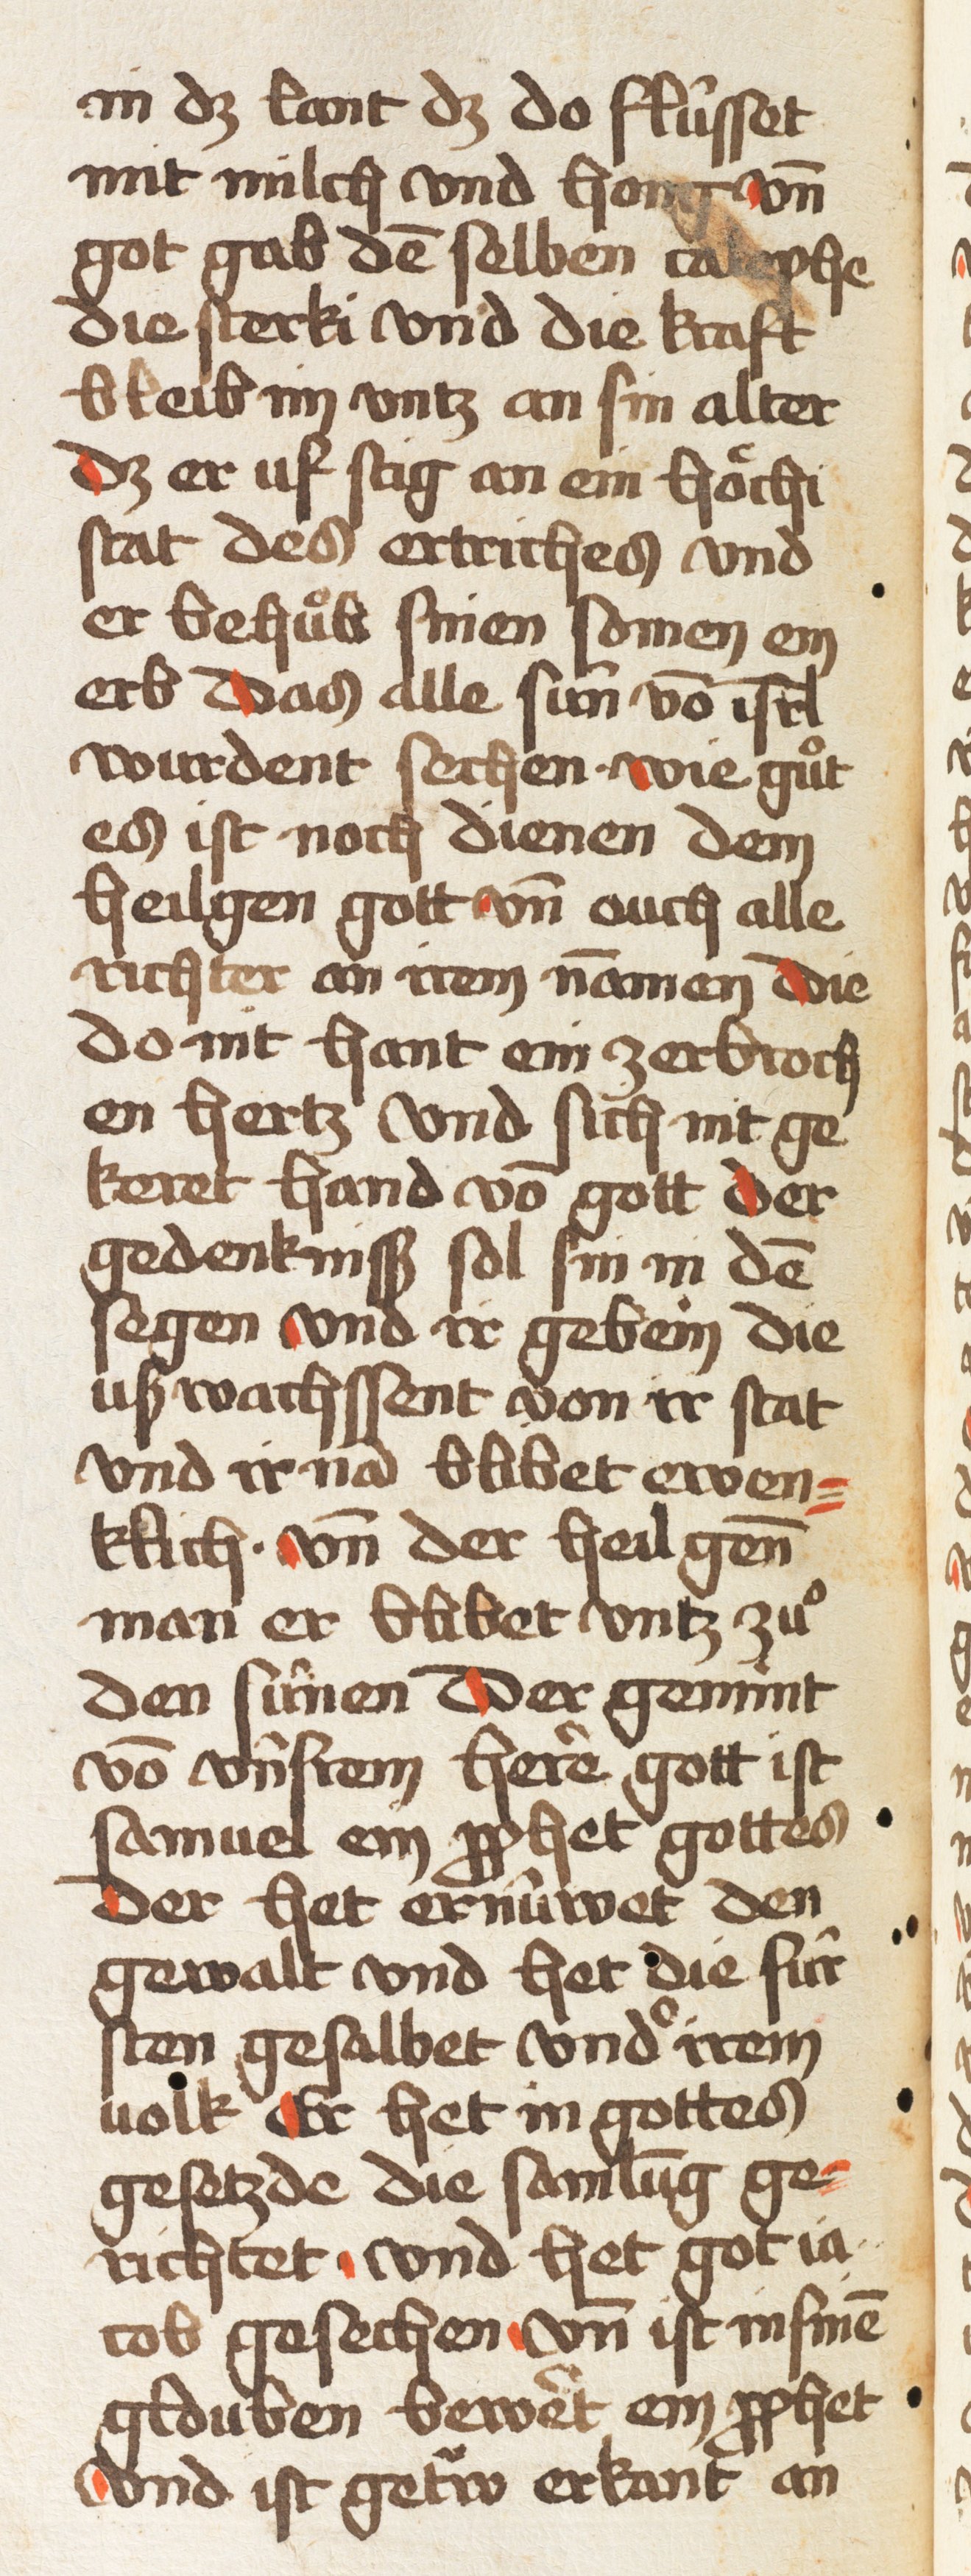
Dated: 1457–1457